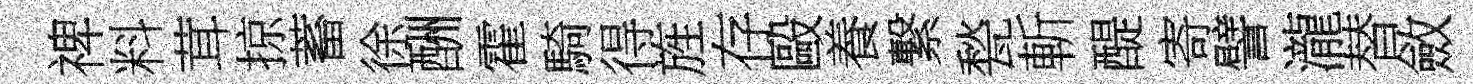
禆料茸掠蓄徐酬霍騎得旌存毆養繋甃斬醍寄譬瀧替斂